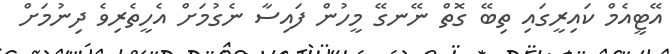
އޭޓީއެމް ކައިރީގައި ތިބޭ ގޮތް ނޭނގޭ މީހުން ފައިސާ ނެގުމަށް އެހީތެރިވެ ދިނުމަށް